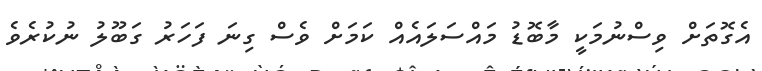
އެގޮތަށް ވިސްނުމަކީ މާބޮޑު މައްސަލައެއް ކަމަށް ވެސް ގިނަ ފަހަރު ގަބޫލު ނުކުރެވެ